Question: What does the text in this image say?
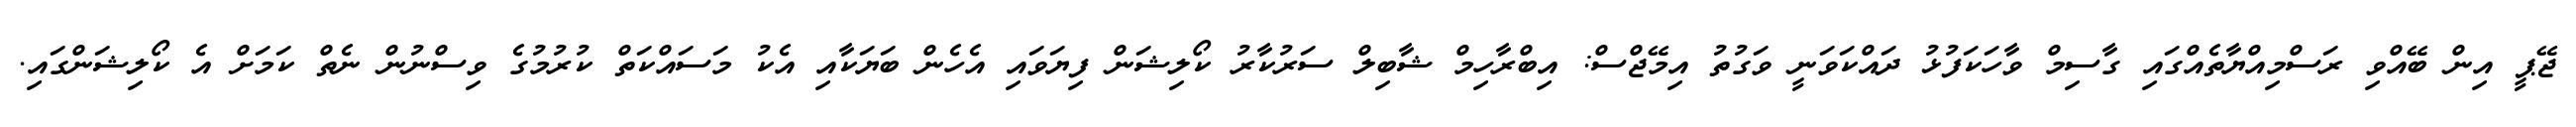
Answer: ޖޭޕީ އިން ބޭއްވި ރަސްމިއްޔާތެއްގައި ގާސިމް ވާހަކަފުޅު ދައްކަވަނީ ވަގުތު އިމޭޖްސް: އިބްރާހިމް ޝާބިލް ސަރުކާރު ކޯލިޝަން ފިޔަވައި އެހެން ބަޔަކާއި އެކު މަސައްކަތް ކުރުމުގެ ވިސްނުން ނެތް ކަމަށް އެ ކޯލިޝަންގައި.